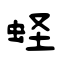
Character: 蛏